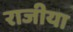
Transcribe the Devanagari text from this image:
राजीया